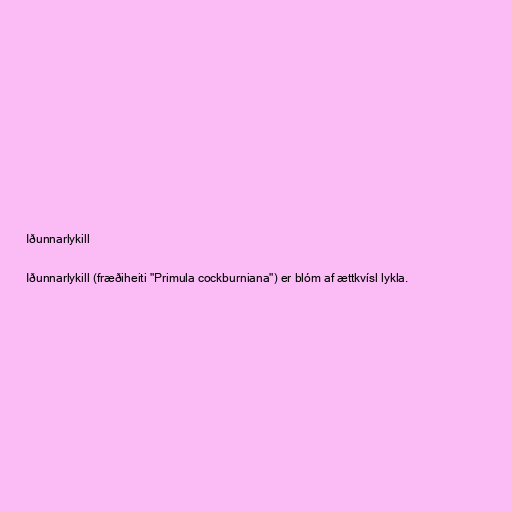
Iðunnarlykill

Iðunnarlykill (fræðiheiti "Primula cockburniana") er blóm af ættkvísl lykla.